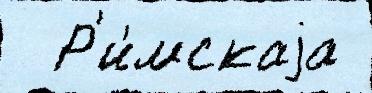
  Р'и́мскаjа